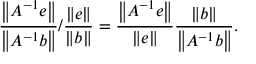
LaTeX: { \frac { \left\| A ^ { - 1 } e \right\| } { \left\| A ^ { - 1 } b \right\| } } / { \frac { \| e \| } { \| b \| } } = { \frac { \left\| A ^ { - 1 } e \right\| } { \| e \| } } { \frac { \| b \| } { \left\| A ^ { - 1 } b \right\| } } .